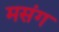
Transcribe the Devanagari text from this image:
मसंग